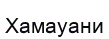
Хамауани